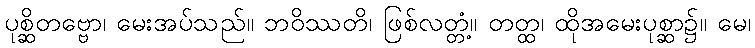
ပုစ္ဆိတဗ္ဗော၊ မေးအပ်သည်။ ဘဝိဿတိ၊ ဖြစ်လတ္တံ့။ တတ္ထ၊ ထိုအမေးပုစ္ဆာ၌။ မေ၊